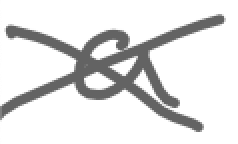
Text: a
Cross-out: cross
Writing tool: digital_gray